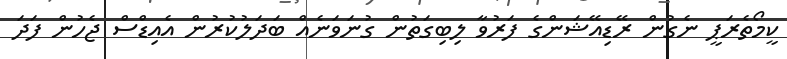
ކީމޯތެރަޕީ ނެގުން ރޭޑިއޭޝަންގެ ފަރުވާ ލިބިގަތުން ގުނަވަނެއް ބަދަލުކުރުން އެއިޑްސް ޖެހުން ފަދަ